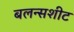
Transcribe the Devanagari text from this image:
बलन्सशीट